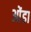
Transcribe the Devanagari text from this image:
ओंडा